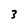
Character: 3